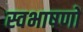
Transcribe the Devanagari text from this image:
स्वभाषणों